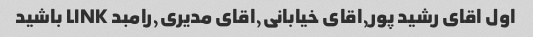
اول اقای رشید پور,اقای خیابانی,اقای مدیری,رامبد LINK باشید